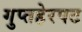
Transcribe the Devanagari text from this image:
गुप्तहेरपट